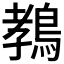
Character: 𱈩